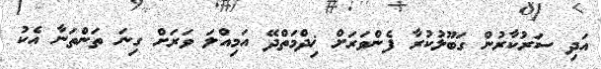
އަދި ސަރުކާރުން ގަބޫލުކުރާ ފެންވަރަށް ޚިދްމަތްދޭ އަމިއްލަ ވަރަށް ގިނަ ތަންތަނާ އެކު